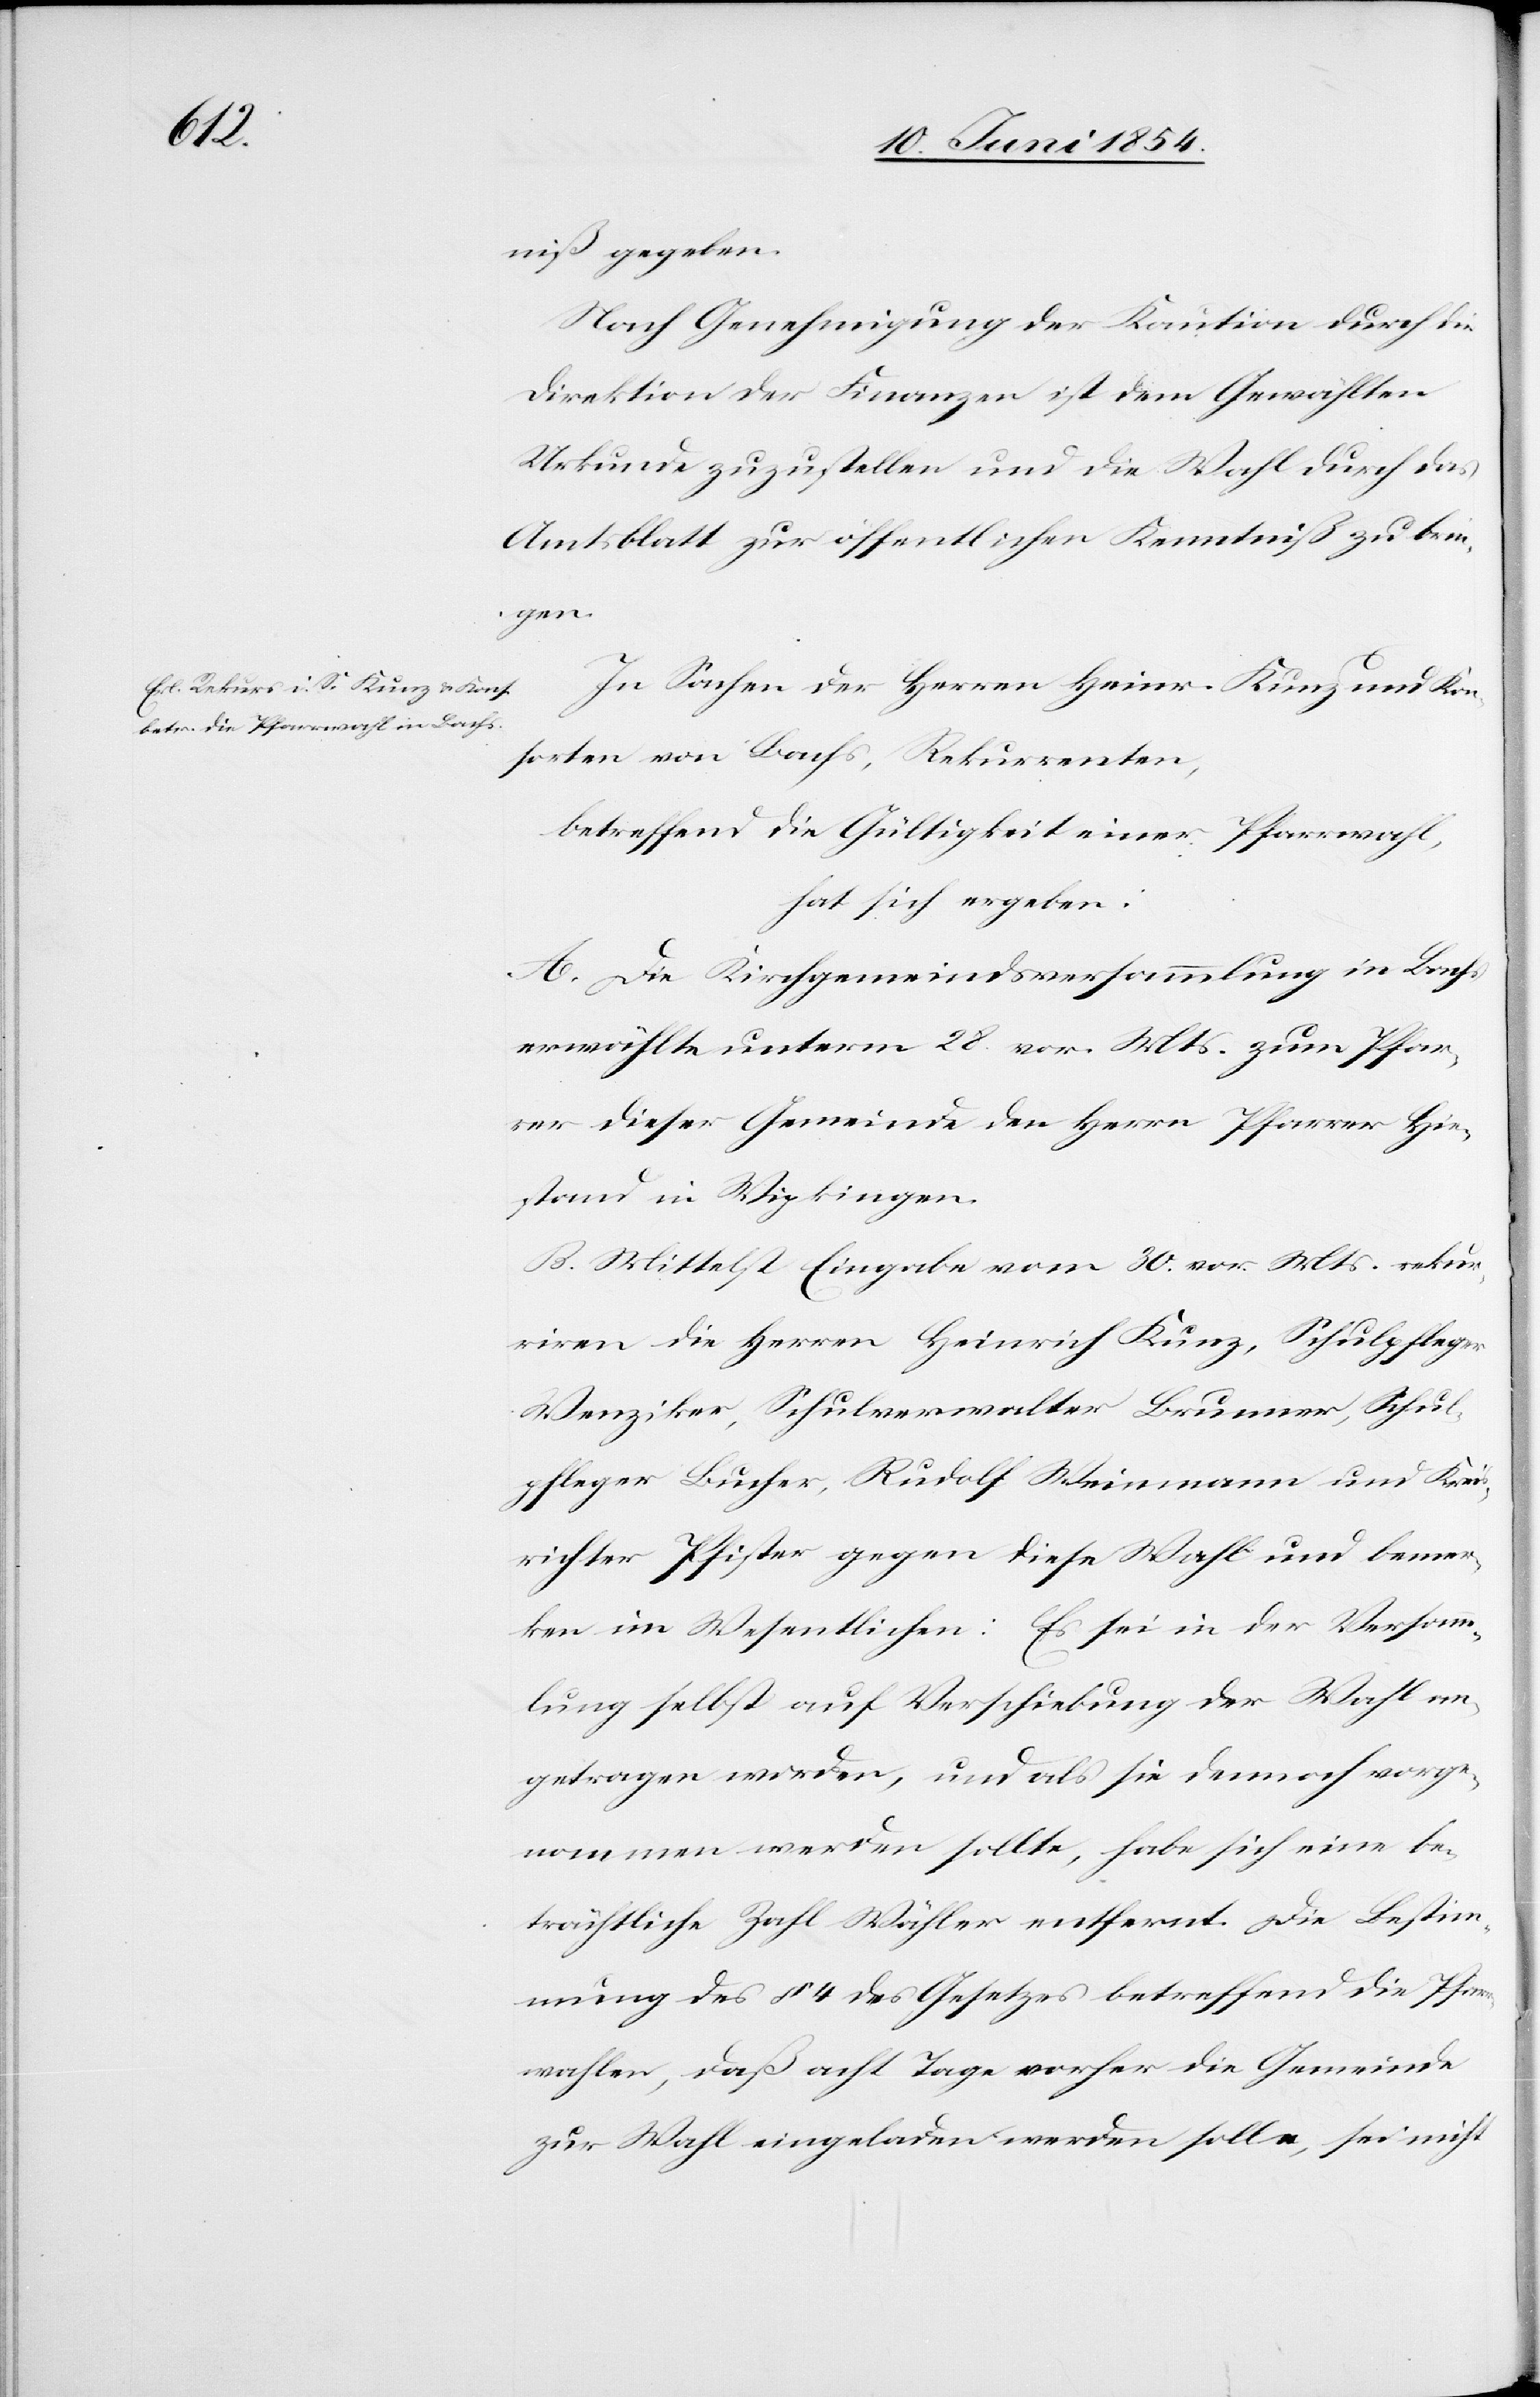
niß gegeben.
Nach Genehmigung der Kaution durch die
Direktion der Finanzen ist dem Gewählten
Urkunde zuzustellen und die Wahl durch das
Amtsblatt zur öffentlichen Kenntniß zu brin¬
gen.
In Sachen der Herren Heinr. Kunz und Kon¬
sorten von Bachs, Rekurrenten,
betreffend die Gültigkeit einer Pfarrwahl,
hat sich ergeben:
A. Die Kirchgemeindsversammlung in Bachs
erwählte unterm 28. vor. Mts. zum Pfar¬
rer dieser Gemeinde den Herrn Pfarrer Hie¬
stand in Wipkingen.
B. Mittelst Eingabe vom 30. vor. Mts. rekur¬
riren die Herren Heinrich Kunz, Schulpfleger
Wenziker, Schulverwalter Brunner, Schul¬
pfleger Bucher, Rudolf Weinmann und Kreis¬
richter Pfister gegen diese Wahl und bemer¬
ken im Wesentlichen: Es sei in der Versamm¬
lung selbst auf Verschiebung der Wahl an¬
getragen worden, und als sie dennoch vorge¬
nommen werden sollte, habe sich eine be¬
trächtliche Zahl Wähler entfernt. Die Bestim¬
mung des § 4 des Gesetzes betreffend die Pfarr¬
wahlen, daß acht Tage vorher die Gemeinde
zur Wahl eingeladen werden solle, sei nicht